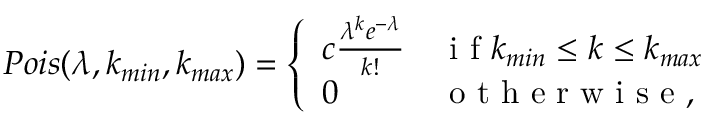
P o i s ( \lambda , k _ { m i n } , k _ { m a x } ) = \left\{ \begin{array} { l l } { c \frac { \lambda ^ { k } e ^ { - \lambda } } { k ! } } & { \mathrm { ~ i ~ f ~ } k _ { m i n } \leq k \leq k _ { m a x } } \\ { 0 } & { \mathrm { ~ o ~ t ~ h ~ e ~ r ~ w ~ i ~ s ~ e ~ , ~ } } \end{array} \right.